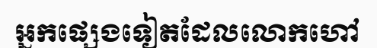
អ្នកផ្សេងទៀតដែលលោកហៅ